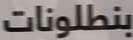
بنطلونات